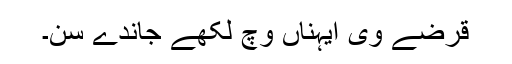
قرضے وی ایہناں وچ لکھے جاندے سن۔